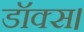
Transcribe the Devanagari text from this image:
डॉक्स।